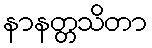
နာနတ္တသိတာ